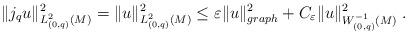
LaTeX: \begin{align*} \|j_{q}u\|^{2}_{L^{2}_{(0,q)}(M)} = \|u\|_{L^{2}_{(0,q)}(M)}^{2} \leq \varepsilon\|u\|_{graph}^{2} + C_{\varepsilon}\|u\|_{W^{-1}_{(0,q)}(M)}^{2}\;. \end{align*}